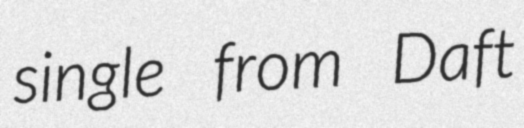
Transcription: single from Daft